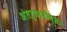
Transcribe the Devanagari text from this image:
अंतर्यामीच्या